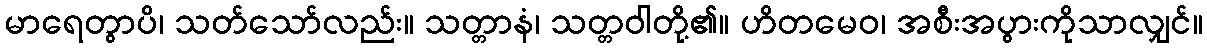
မာရေတွာပိ၊ သတ်သော်လည်း။ သတ္တာနံ၊ သတ္တဝါတို့၏။ ဟိတမေဝ၊ အစီးအပွားကိုသာလျှင်။